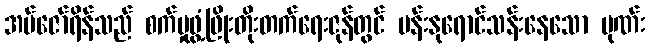
အမ်ဇော်ရိန်သည် စက်မှုဖွံ့ဖြိုးတိုးတက်ရေးဇုန်တွင် ပန်းနုရောင်သန်းနေသော မုဏ်း